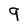
Character: 9